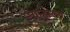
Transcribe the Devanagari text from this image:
आन्होल्ट